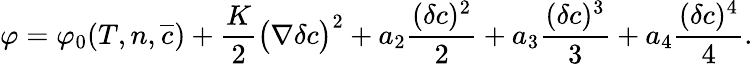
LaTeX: \begin{array}{l}{\displaystyle{\varphi=\varphi_{0}(T,n,\overline{{c}})+\frac{K}{2}\big(\nabla\delta c\big)^{2}+a_{2}\frac{(\delta c)^{2}}{2}+a_{3}\frac{(\delta c)^{3}}{3}+a_{4}\frac{(\delta c)^{4}}{4}.}}\end{array}